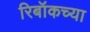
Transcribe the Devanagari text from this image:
रिबॉकच्या